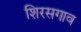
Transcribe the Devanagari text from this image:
शिरसगाव